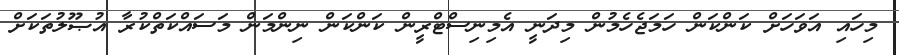
މިހައި އަވަހަށް ކަންކަން ހަމަޖެހެމުން މިދަނީ އެމިނިސްޓްރީން ކަންކަން ނިންމަން މަސައްކަތްކުރާ އުޞޫލުތަކަށް